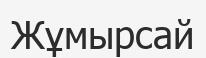
Жұмырсай